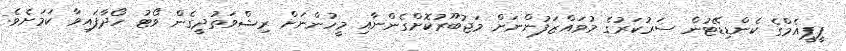
ޕީޕީއެމްގެ ކެންޑިޑޭޓުން ސަރުކަރުގެ މުވައްޒަފުންނަށް މަޖުބޫރުކޮށްގެންނާއި މީހުންނަށް ރިޝްވަތުދީގެން ވޯޓު ހޯދާފައިވާ ކަމަށެވެ.